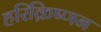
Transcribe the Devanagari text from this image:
हरिक्रिष्णन